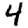
Digit: 4